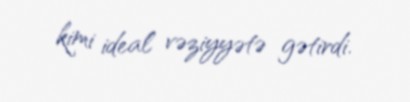
kimi ideal vəziyyətə gətirdi.